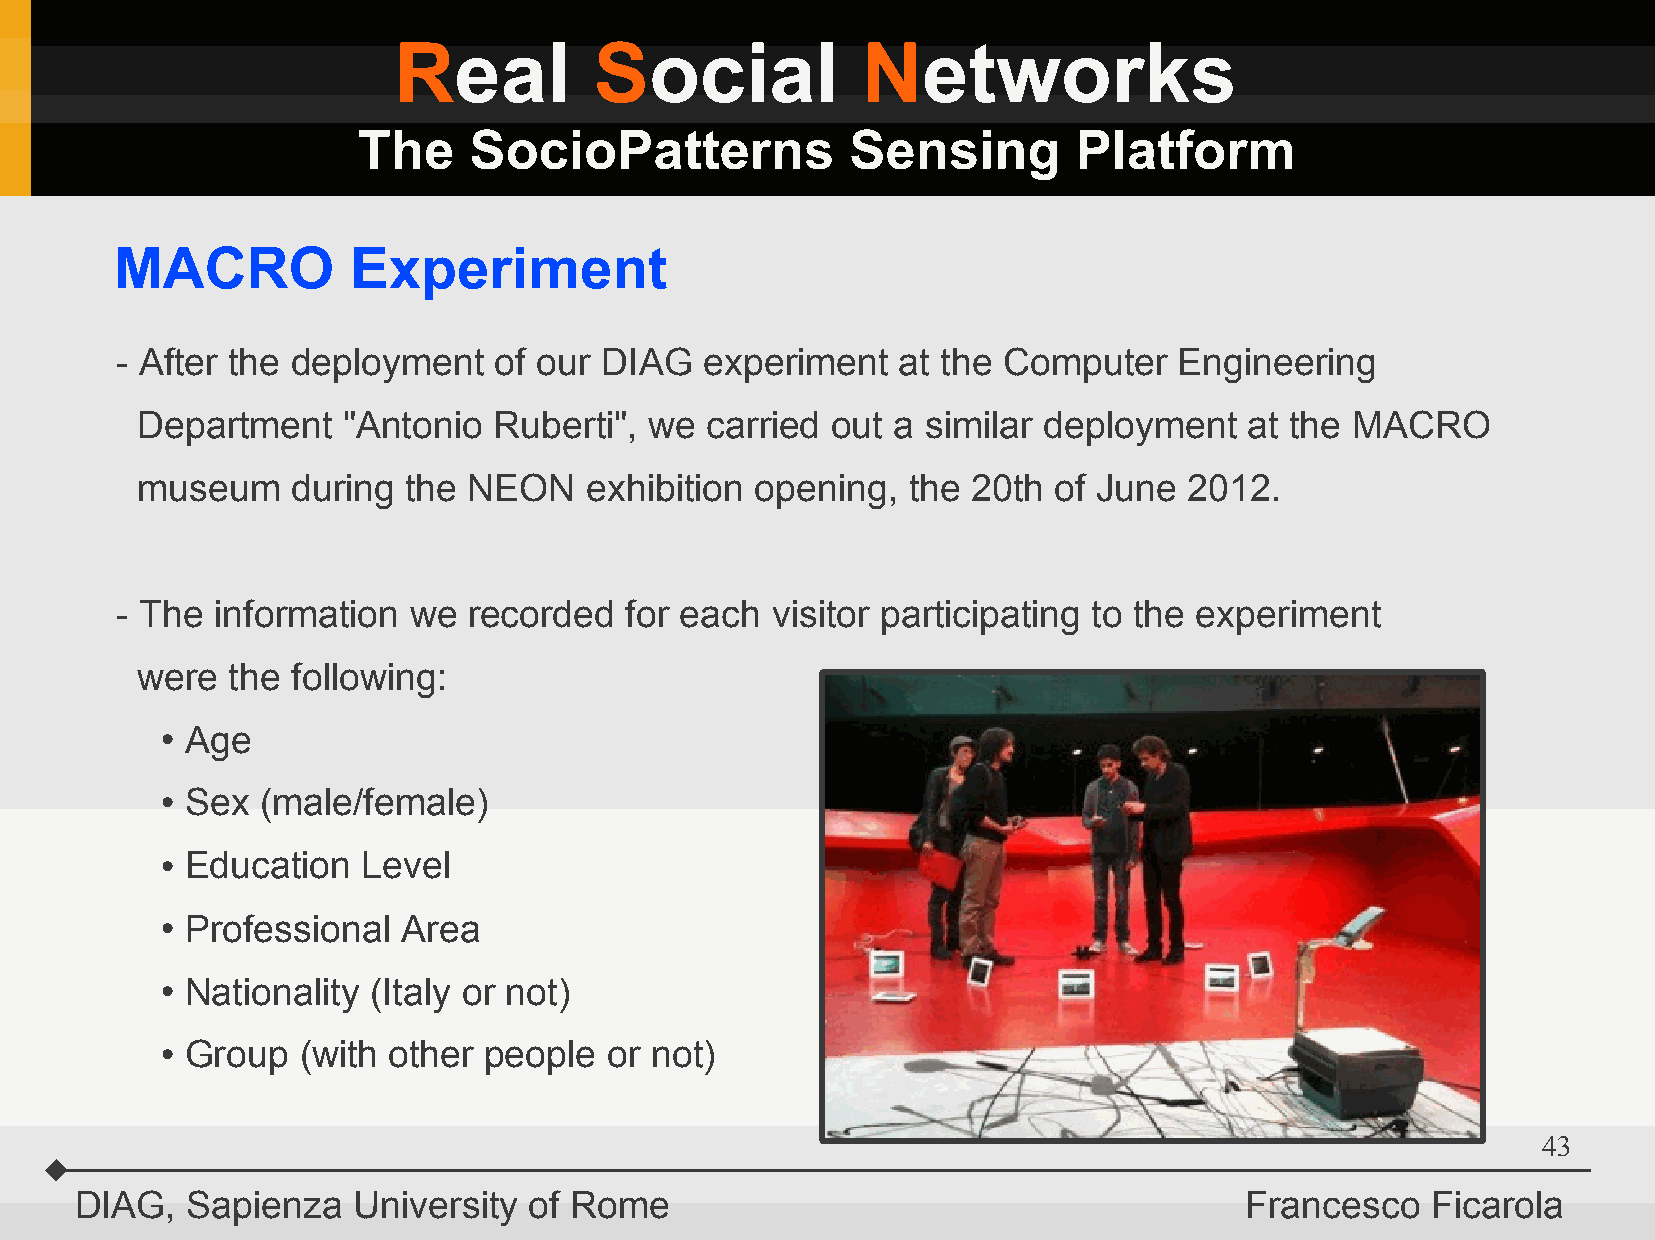
Real         Social            Networks
 The    SocioPatterns            Sensing        Platform
 MACRO          Experiment
 - After the deployment   of our DIAG   experiment   at the Computer   Engineering
 Department    "Antonio  Ruberti", we  carried out a similar deployment    at the MACRO
 museum    during  the NEON    exhibition opening,  the 20th  of June  2012.
 - The information  we  recorded  for each  visitor participating to the experiment
 were  the following:
 Age
 ●
 Sex  (male/female)
 ●
 Education   Level
 ●
 Professional   Area
 ●
 Nationality (Italy or not)
 ●
 Group   (with other people  or not)
 ●
 43
 DIAG,  Sapienza   University  of Rome                                        Francesco    Ficarola